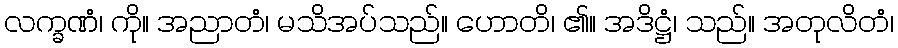
လက္ခဏံ၊ ကို။ အညာတံ၊ မသိအပ်သည်။ ဟောတိ၊ ၏။ အဒိဋ္ဌံ၊ သည်။ အတုလိတံ၊